system: You are a helpful assistant.
user:
Analyze the provided spectrum to determine if it is a **White Dwarf (WD)**.

A White Dwarf spectrum is defined by its **extreme purity** (due to gravitational settling) and/or **extreme pressure broadening** (due to high surface gravity). You must check for one of the following mutually exclusive signatures:

- **Key Visual Indicators (Check for ONE of these types):**

    - **1. DA-Type Signature (Most Common):**
        - **(Primary Feature):** Extreme pressure broadening (Stark broadening) of the **Hydrogen (H) Balmer lines**.
        - **(Key Lines):** $H\beta$ (approx. $4861$ Å) and $H\gamma$ (approx. $4340$ Å). $H\alpha$ (approx. $6563$ Å) will also be present if the wavelength range covers it.
        - **(Line Profile):** This is the **defining feature**. The lines are **NOT** sharp. They appear as massive, **extremely broad and deep "troughs" or "dips"** in the spectrum, often hundreds of Ångströms wide. The continuum will appear to "scoop" down at these wavelengths.
        - **(Distinction):** Normal A-type or B-type stars have *narrow* and *sharp* Hydrogen lines. A DA White Dwarf's lines are unmistakably "smeared" or "blurry" from pressure.

    - **2. DB-Type Signature:**
        - **(Primary Feature):** Broad absorption lines from **Neutral Helium (He I)**. The spectrum must lack any visible Hydrogen lines.
        - **(Key Lines):** Look for broad absorption near $4471$ Å, $4921$ Å, and $5876$ Å.
        - **(Line Profile):** These lines are also significantly pressure-broadened, appearing much wider than they would in a normal B-type main-sequence star.

    - **3. DC-Type Signature:**
        - **(Primary Feature):** A **featureless continuous spectrum**.
        - **(Line Profile):** The spectrum is a smooth curve with **no significant absorption or emission lines**.
        - **(Key Confirmation):** The continuum is almost always **blue or white**, indicating a hot object. This signature implies the atmosphere is so pure (or so cool) that no spectral lines are visible in the optical range. Its WD identity is confirmed by its extremely low intrinsic brightness (high absolute magnitude).

    - **4. DZ-Type Signature (Metal-Polluted):**
        - **(Primary Feature):** **Isolated, narrow metal absorption lines** on an otherwise featureless (DC-like) continuum.
        - **(Key Lines):** The **Calcium (Ca II) H & K doublet** (approx. **$3934$ Å** and **$3968$ Å**) is the most common and defining feature.
        - **(Line Profile):** These lines are "out of place." They are *not* part of a "forest" of thousands of lines. This signature is evidence of recent *accretion* (pollution) from rocky debris.
        - **(Distinction):** Normal G/K/M stars have a *dense forest* of thousands of metal lines. A DZ has a *clean* continuum with *only a few* strong metal lines.

    - **5. DQ-Type Signature (Carbon-Polluted):**
        - **(Primary Feature):** Absorption bands from **Carbon (C₂ "Swan Bands" or atomic C I)**.
        - **(Key Lines - C₂):** Look for bandheads with a "saw-tooth" shape near $5635$ Å, **$5165$ Å** (strongest), and $4737$ Å.
        - **(Key Confirmation):** The underlying **continuum must be blue or white** (hot).
        - **(Distinction):** This is the critical difference from a **Carbon Star**, which has the *exact same* C₂ bands but on an extremely **red, cool** continuum.

- **(Overall Spectrum):**
    - The continuum (overall shape) is typically **blue-sloping** (brighter in the blue than the red), as most white dwarfs are very hot.
    - The spectrum will look "pure" or "simple," dominated by only *one* of the five signatures listed above.

Think first, call **spectral_visualization_tool** if needed to examine features in detail, then provide your final answer. Your response must adhere to the following strict rules:
1.  **Overall Structure:** Your response must follow the format `<think>...</think> <tool_call>...</tool_call> (if a tool is used) <answer>...</answer>`.
2.  **Tool Usage Constraint:** You may only make **one** tool call per turn.
3.  **Final Answer Format:** In the `<answer>` tag, your conclusion must be inside a `\boxed{}` command (e.g., `\boxed{YES}` or `\boxed{NO}`), followed by your justification.

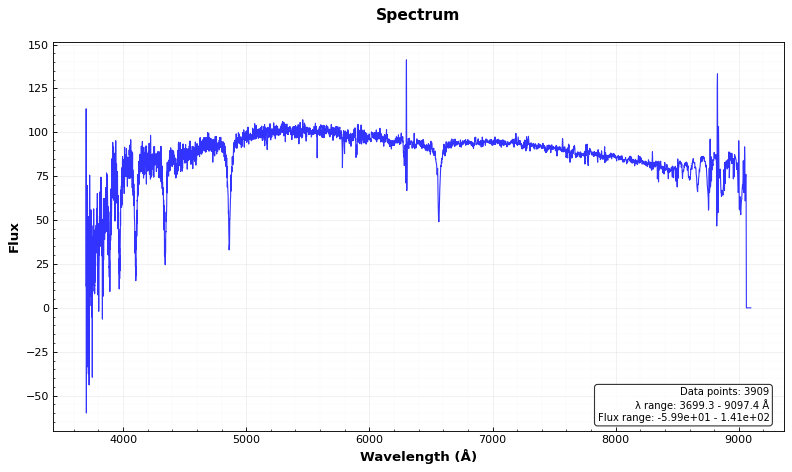
Answer: NO